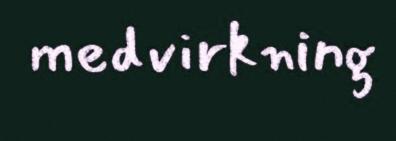
medvirkning